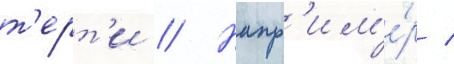
т'ерт'и // Напр'им'е́р /